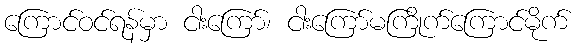
ကြောင်ဝင်ရန်မှာ ငါးကြော်၊ ငါးကြော်မကြိုက်ကြောင်မိုက်